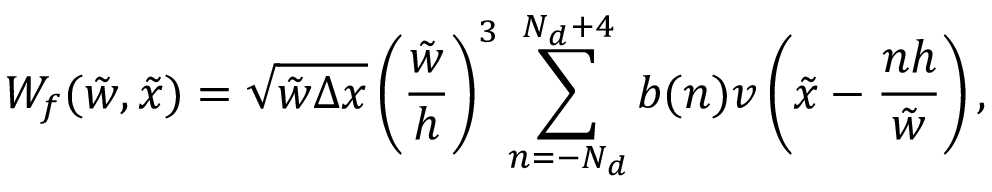
W _ { f } ( \tilde { w } , \tilde { x } ) = \sqrt { \tilde { w } \Delta x } \left( \frac { \tilde { w } } { h } \right) ^ { 3 } \sum _ { n = - N _ { d } } ^ { N _ { d } + 4 } b ( n ) v \left( \tilde { x } - \frac { n h } { \tilde { w } } \right) ,